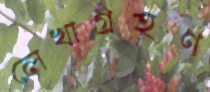
লেখাগ্রহণ